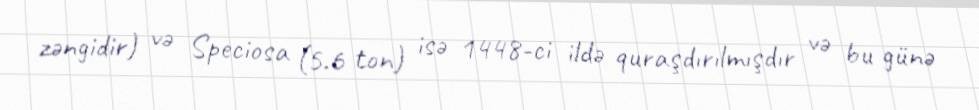
zəngidir) və Speciosa (5.6 ton) isə 1448-ci ildə quraşdırılmışdır və bu günə